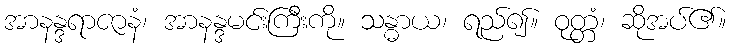
အာနန္ဒရာဇာနံ၊ အာနန္ဒမင်းကြီးကို။ သန္ဓာယ၊ ရည်၍။ ဝုတ္တံ၊ ဆိုအပ်၏။